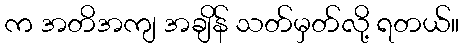
က အတိအကျ အချိန် သတ်မှတ်လို့ ရတယ်။